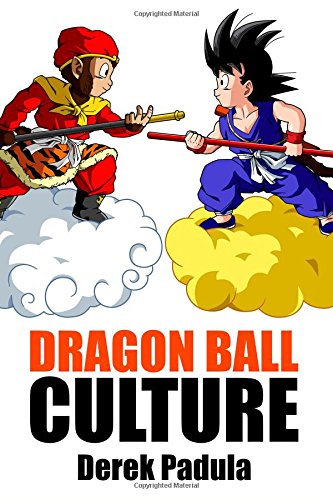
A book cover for Dragon Ball Culture Volume 1: Origin; Derek Padula; Comics & Graphic Novels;